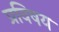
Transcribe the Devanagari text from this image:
प्रविषय